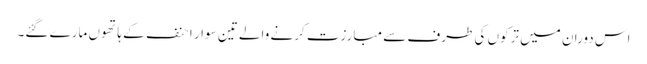
اس دوران میں ترکوں کی طرف سے مبارزت کرنے والے تین سوار احنف کے ہاتھوں مارے گئے۔